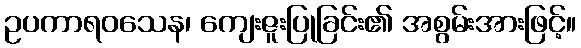
ဥပကာရဝသေန၊ ကျေးဇူးပြုခြင်း၏ အစွမ်းအားဖြင့်။